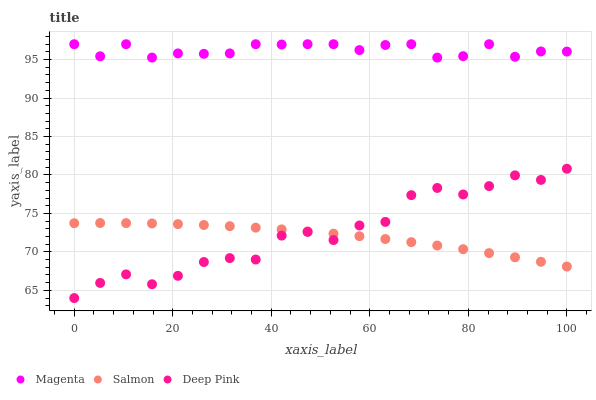
| xaxis_label | Magenta | Salmon | Deep Pink |
 | --- | --- | --- | --- |
 | 0 | 97 | 73.7 | 64 |
 | 5.26 | 95.4 | 73.8 | 66 |
 | 10.5 | 97 | 73.7 | 67.1 |
 | 15.8 | 95.3 | 73.7 | 65.8 |
 | 21.1 | 95.8 | 73.6 | 66.9 |
 | 26.3 | 95.7 | 73.5 | 68.7 |
 | 31.6 | 95.8 | 73.3 | 69.2 |
 | 36.8 | 97 | 73.2 | 69 |
 | 42.1 | 97 | 72.9 | 72.1 |
 | 47.4 | 97 | 72.7 | 72.6 |
 | 52.6 | 97 | 72.4 | 71.5 |
 | 57.9 | 96.2 | 72 | 73.4 |
 | 63.2 | 96.9 | 71.7 | 73.9 |
 | 68.4 | 97 | 71.3 | 77.4 |
 | 73.7 | 95.3 | 70.8 | 78.3 |
 | 78.9 | 95.4 | 70.4 | 77.5 |
 | 84.2 | 97 | 69.8 | 78.6 |
 | 89.5 | 95.4 | 69.3 | 80 |
 | 94.7 | 96.1 | 68.7 | 79.4 |
 | 100 | 96 | 68.1 | 80.8 |